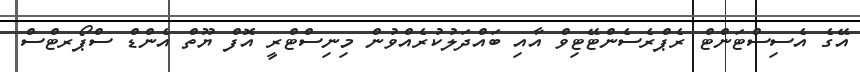
އޭގެ އެސިސްޓަންޓް ރެޕްރެސެންޓޭޓިވް އާއި ބައްދަލުކުރެއްވުން މިނިސްޓްރީ އޮފް ޔޫތް އެންޑް ސްޕޯރޓްސް